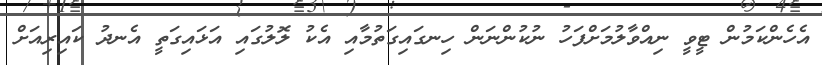
އެހެންކަމުން ޓީވީ ނިއްވާލުމަށްފަހު ނުކުންނަން ހިނގައިގަތުމާއި އެކު ލޮލުގައި އަޅައިގަތީ އެނދު ކައިރިއަށް